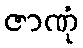
ဇာဏုံ